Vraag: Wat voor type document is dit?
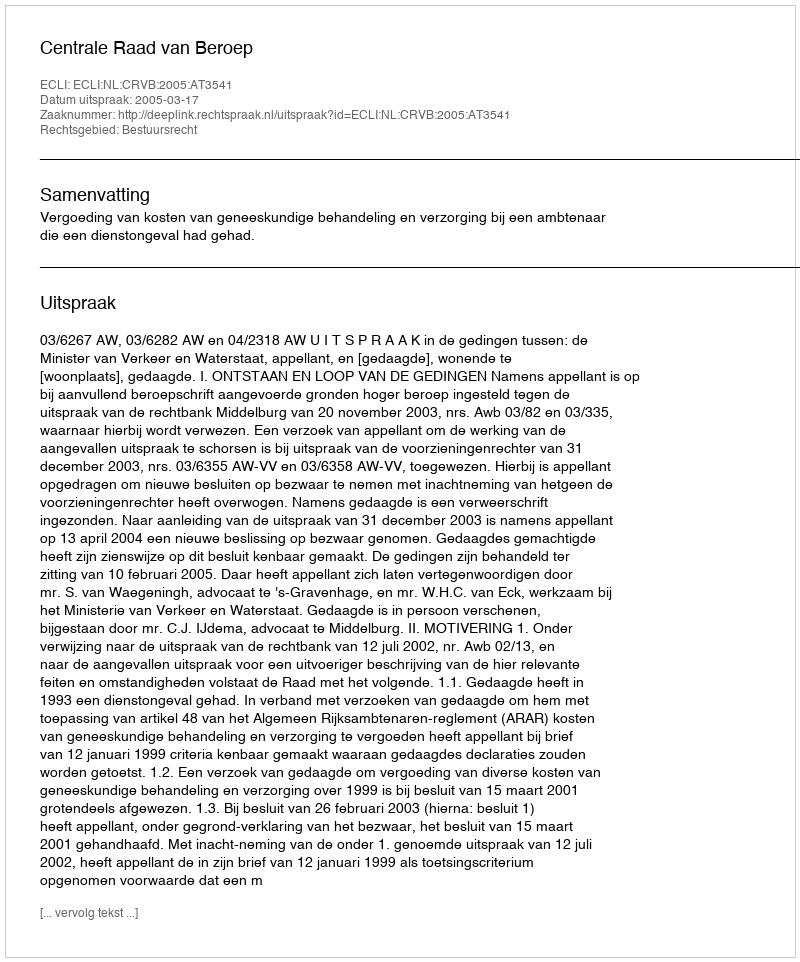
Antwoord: Uitspraak